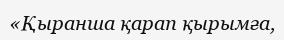
«Қыранша қарап қырымға,